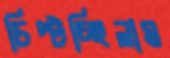
চিপ্‌টচ্ছিলাম